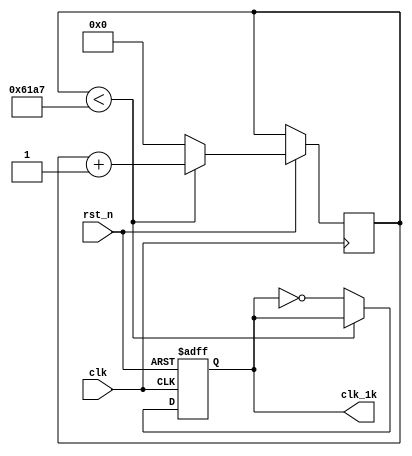
module freq1 (clk, rst_n, clk_1k);
   
	input clk;
	input rst_n;
	
	output reg clk_1k;
	
	parameter T500us = 25000 - 1;
	
	reg [14:0] cnt;
	
	always @(posedge clk or negedge rst_n)
	   begin
		   if (!rst_n)
			   begin
				clk_1k <= 1'b1;
				end
			else
		      begin
				   if(cnt < T500us)
			         begin
					      cnt <=cnt +1;
						   clk_1k <= clk_1k;
					   end
					else
					   begin
						   clk_1k <= ~ clk_1k;
					      cnt <= 0;		
						end	
					   
			   end 
		
		end

endmodule